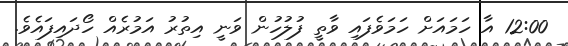
12:00 އާ ހަމައަށް ހަމަވެފައި ވާތީ ފުލުހުން ވަނީ އިތުރު އަމުރެއް ހޯދައިފައެވެ.